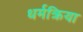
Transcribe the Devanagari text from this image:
धर्मक्रिया